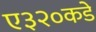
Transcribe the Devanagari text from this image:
ए३२०कडे